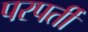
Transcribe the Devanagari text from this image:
परपर्ती